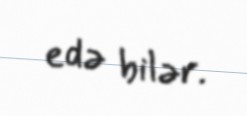
edə bilər.